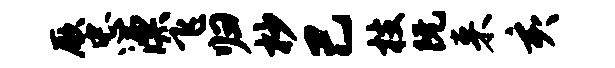
厥忠漂飞归杪己枝阮来亥